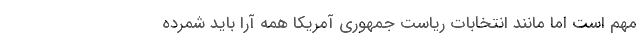
مهم است اما مانند انتخابات ریاست جمهوری آمریکا همه آرا باید شمرده